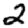
Digit: 2